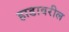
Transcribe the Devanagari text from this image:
हाडावरील